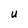
Character: U